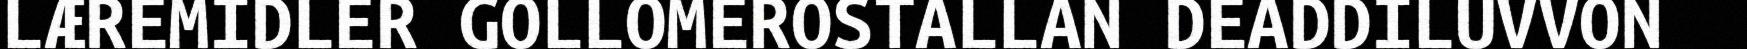
LÆREMIDLER GOLLOMEROSTALLAN DEADDILUVVON